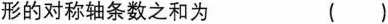
形的对称轴条数之和为 ( )